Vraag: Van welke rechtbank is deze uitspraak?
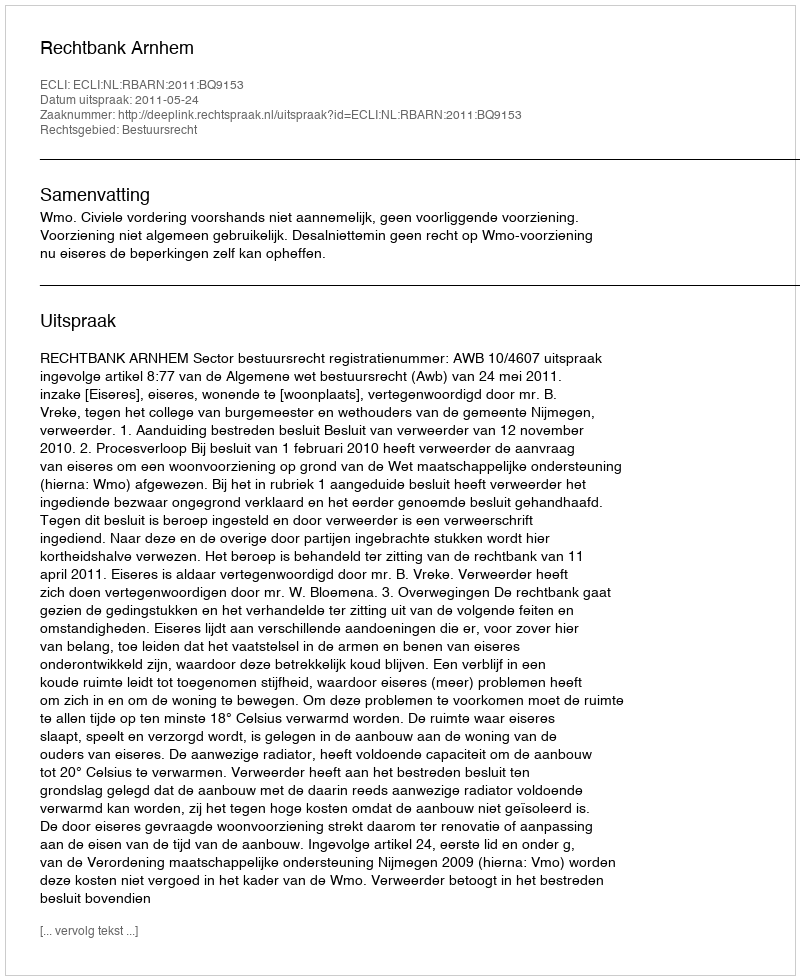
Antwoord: Rechtbank Arnhem